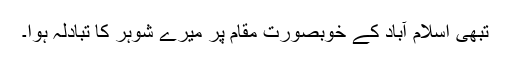
تبھی اسلام آباد کے خوبصورت مقام پر میرے شوہر کا تبادلہ ہوا۔